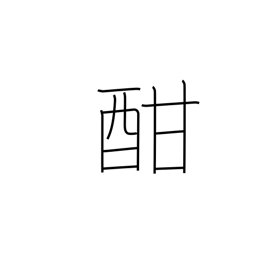
Meaning: height of